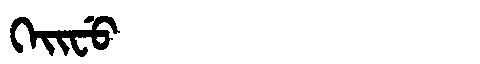
Manchu: ᡴᡝᡳᠸᡠ
Romanization: KEIFU